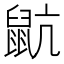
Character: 𪕇